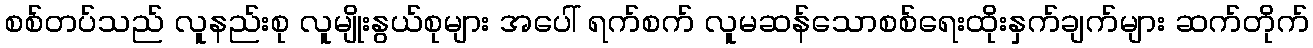
စစ်တပ်သည် လူနည်းစု လူမျိုးနွယ်စုများ အပေါ် ရက်စက် လူမဆန်သောစစ်ရေးထိုးနှက်ချက်များ ဆက်တိုက်